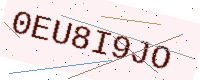
Text: 0EU8I9JO